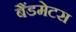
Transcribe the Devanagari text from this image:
बैंडमेटस